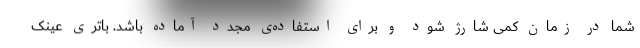
شما در زمان کمی شارژ شود و برای استفاده‌ی مجدد آماده باشد. باتری عینک